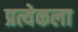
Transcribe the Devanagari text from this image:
प्रत्येकला